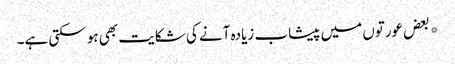
*بعض عورتوں میں پیشاب زیادہ آنے کی شکایت بھی ہو سکتی ہے۔